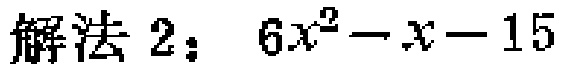
解法 2：\(6x^{2}-x - 15\)